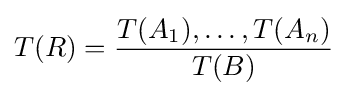
T(R)={\frac {T(A_{1}),\dots ,T(A_{n})}{T(B)}}